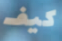
كيف